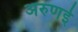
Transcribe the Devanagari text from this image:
अरुणई